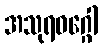
အသုရဝဂ္ဂေါ